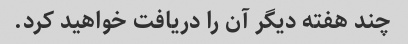
چند هفته دیگر آن را دریافت خواهید کرد.